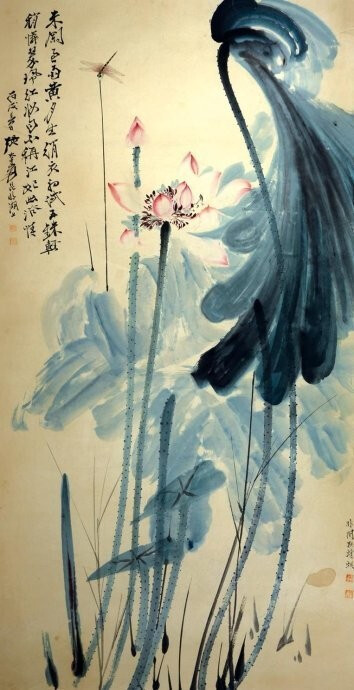
感此怀故人，中宵劳梦想。